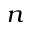
_ n